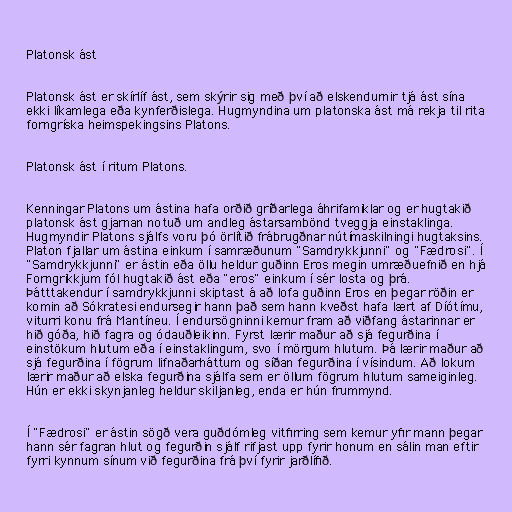
Platonsk ást

Platonsk ást er skírlíf ást, sem skýrir sig með því að elskendurnir tjá ást sína
ekki líkamlega eða kynferðislega. Hugmyndina um platonska ást má rekja til rita
forngríska heimspekingsins Platons.

Platonsk ást í ritum Platons.

Kenningar Platons um ástina hafa orðið gríðarlega áhrifamiklar og er hugtakið
platonsk ást gjarnan notuð um andleg ástarsambönd tveggja einstaklinga.
Hugmyndir Platons sjálfs voru þó örlítið frábrugðnar nútímaskilningi hugtaksins.
Platon fjallar um ástina einkum í samræðunum "Samdrykkjunni" og "Fædrosi". Í
"Samdrykkjunni" er ástin eða öllu heldur guðinn Eros megin umræðuefnið en hjá
Forngrikkjum fól hugtakið ást eða "eros" einkum í sér losta og þrá.
Þátttakendur í samdrykkjunni skiptast á að lofa guðinn Eros en þegar röðin er
komin að Sókratesi endursegir hann það sem hann kveðst hafa lært af Díótímu,
viturri konu frá Mantíneu. Í endursögninni kemur fram að viðfang ástarinnar er
hið góða, hið fagra og ódauðleikinn. Fyrst lærir maður að sjá fegurðina í
einstökum hlutum eða í einstaklingum, svo í mörgum hlutum. Þá lærir maður að
sjá fegurðina í fögrum lifnaðarháttum og síðan fegurðina í vísindum. Að lokum
lærir maður að elska fegurðina sjálfa sem er öllum fögrum hlutum sameiginleg.
Hún er ekki skynjanleg heldur skiljanleg, enda er hún frummynd.

Í "Fædrosi" er ástin sögð vera guðdómleg vitfirring sem kemur yfir mann þegar
hann sér fagran hlut og fegurðin sjálf rifjast upp fyrir honum en sálin man eftir
fyrri kynnum sínum við fegurðina frá því fyrir jarðlífið.